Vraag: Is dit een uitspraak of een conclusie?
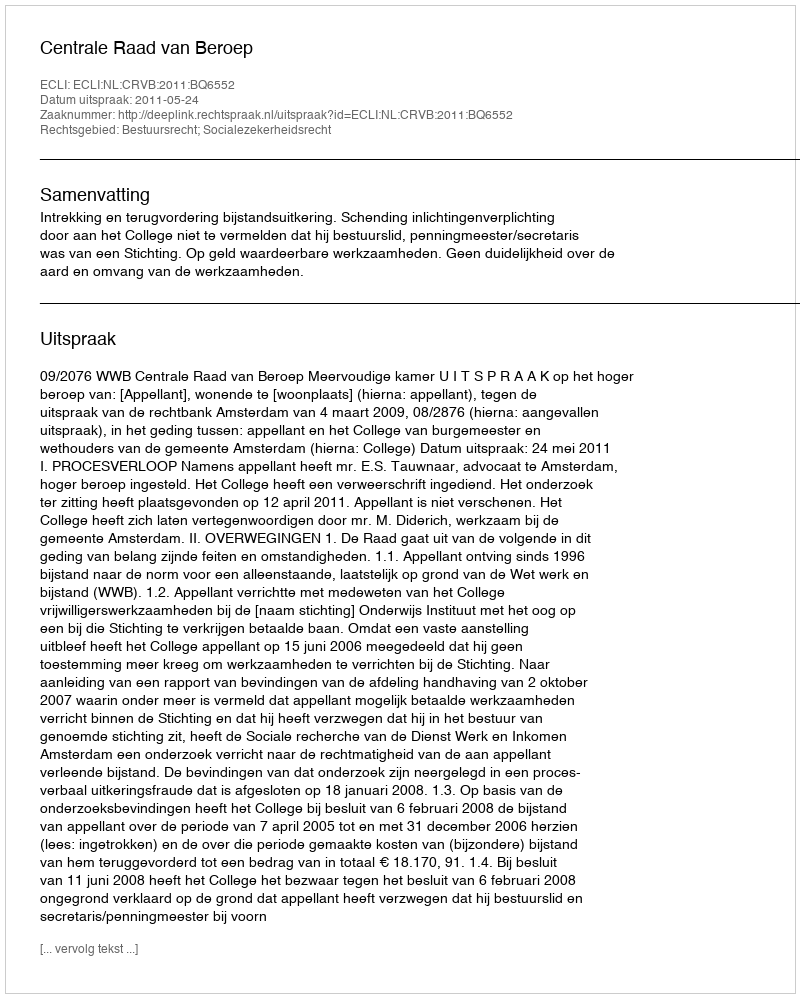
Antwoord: Uitspraak